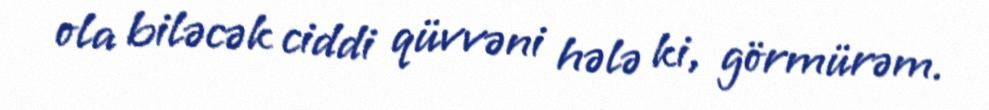
ola biləcək ciddi qüvvəni hələ ki, görmürəm.